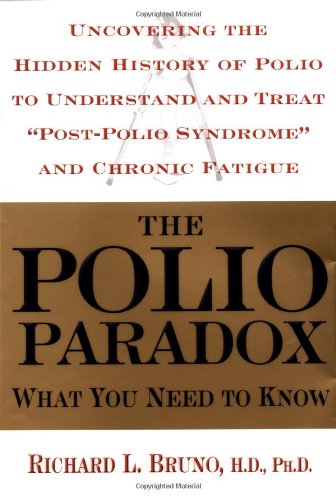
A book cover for The Polio Paradox: What You Need to Know; Richard L. Bruno; Health, Fitness & Dieting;